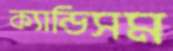
ক্যান্ডিসম